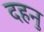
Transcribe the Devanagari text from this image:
दहनु